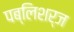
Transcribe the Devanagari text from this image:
पब्लिशर्ज